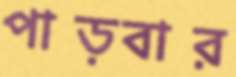
পাড়বার